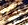
آخر